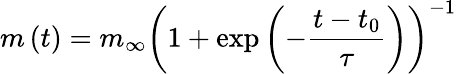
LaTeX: m\left(t\right)=m_{\infty}\left(1+\exp\left(-\frac{t-t_{0}}{\tau}\right)\right)^{-1}